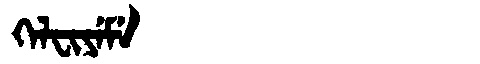
Manchu: ᡴᡝᠯᠸᡳᠶᡝᠮᡝ
Romanization: KELFIYEME